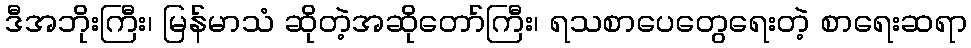
ဒီအဘိုးကြီး၊ မြန်မာသံ ဆိုတဲ့အဆိုတော်ကြီး၊ ရသစာပေတွေရေးတဲ့ စာရေးဆရာ